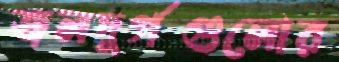
জলদুর্গগুলোর